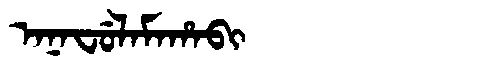
Manchu: ᠠᠨᠠᠸᡠᠯᠠᠮᠠᡥᠠᠪᡳ
Romanization: ANAFULAMAHABI